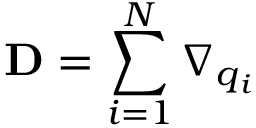
\ensuremath { \mathbf { D } } = \sum _ { i = 1 } ^ { N } { \nabla } _ { \b { q } _ { i } }